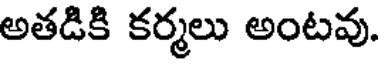
అతడికి కర్మలు అంటవు.